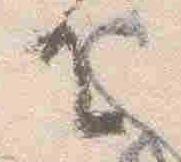
王